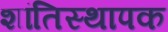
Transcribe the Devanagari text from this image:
शांतिस्थापक